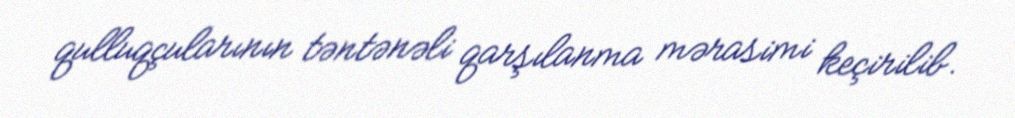
qulluqçularının təntənəli qarşılanma mərasimi keçirilib.